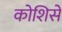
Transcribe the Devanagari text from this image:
कोशिसे